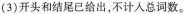
(3)开头和结尾已给出，不计入总词数。